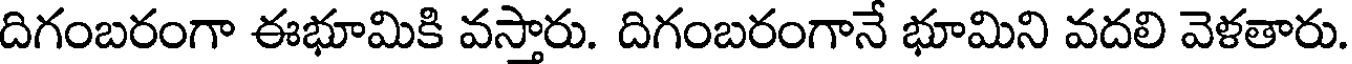
దిగంబరంగా ఈభూమికి వస్తారు. దిగంబరంగానే భూమిని వదలి వెళతారు.